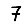
Digit: 7